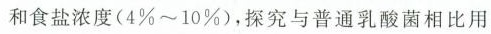
和食盐浓度(4%~10%)，探究与普通乳酸菌相比用